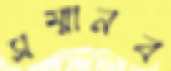
সম্মানব